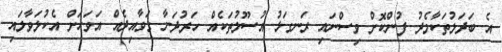
އެ ބަދަލުތަކާމެދު ފުންކޮށް ވިސްނައި ރަނގަޅު އުސޫލުތަކެއް ހަރުދަނާ ގަވާއިދެއް އަވަަހަށް އެކުލަވާލައި